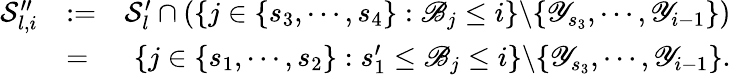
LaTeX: \begin{array}{rlr}{\mathcal{S}_{l,i}^{\prime\prime}}&{:=}&{\mathcal{S}_{l}^{\prime}\cap(\{ j\in\{ s_{3},\cdots,s_{4}\} :\mathscr{B}_{j}\leq i\} \backslash\{ \mathscr{Y}_{s_{3}},\cdots,\mathscr{Y}_{i-1}\} )}\\ &{=}&{\{ j\in\{ s_{1},\cdots,s_{2}\} :s_{1}^{\prime}\leq\mathscr{B}_{j}\leq i\} \backslash\{ \mathscr{Y}_{s_{3}},\cdots,\mathscr{Y}_{i-1}\} .}\end{array}